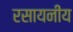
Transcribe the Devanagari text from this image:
रसायनीय